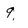
Character: 9